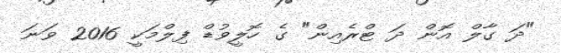
"ދަ ގާލް އޮން ދަ ޓްރެއިން" ގެ ހޮލީވުޑް ފިލްމަކީ 2016 ވަނަ